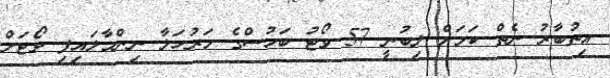
އިތުބާރު ނެެތް ކަމަށް ލިބުނީ 57 ވޯޓު ބަހުސްގެ މަރުހަލާ ނިންމާލައިފި ވޯޓަށް